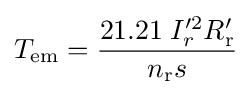
T_{\text{em}}={\frac {21.21\;I_{r}^{\prime 2}R_{\text{r}}'}{n_{\text{r}}s}}